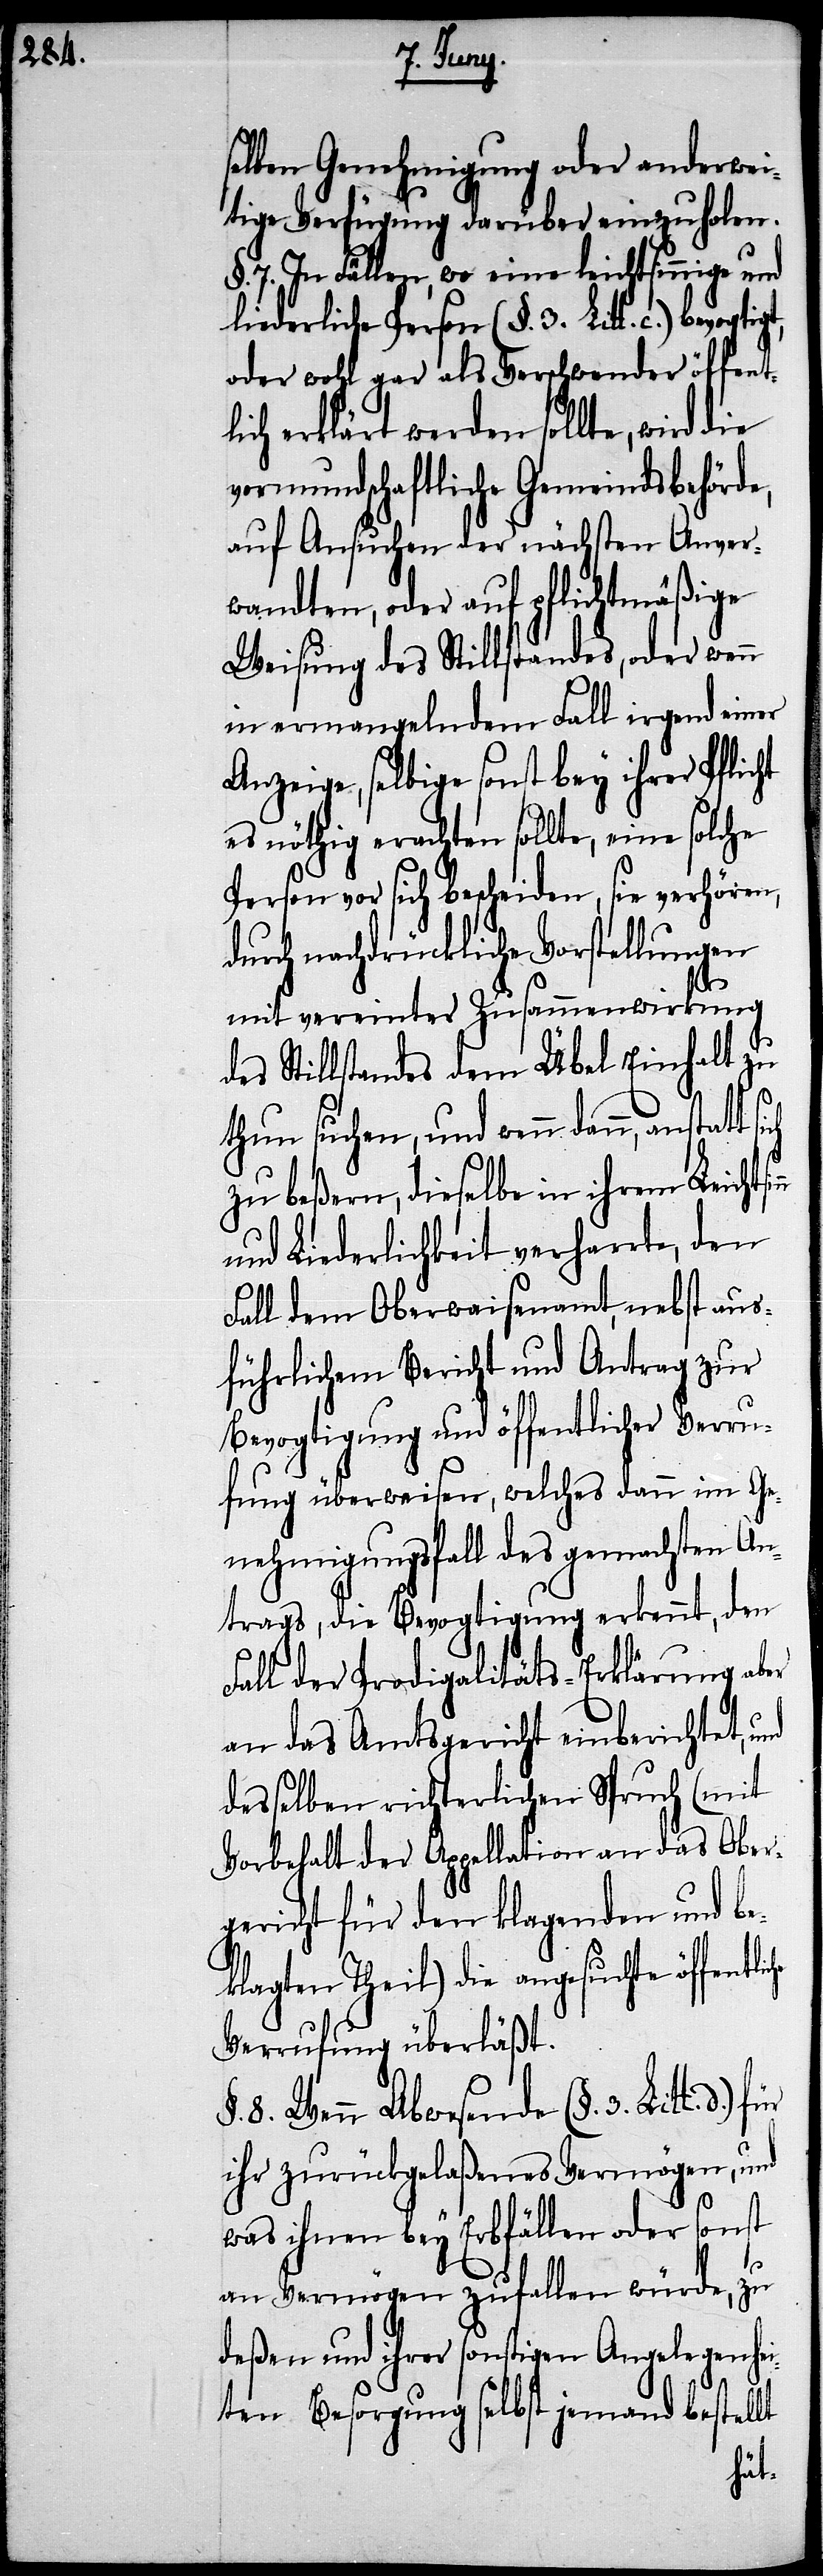
selben Genehmigung oder anderwei¬
tige Verfügung darüber einzuholen.
7. In Fällen, wo eine leichtsinnige und
liederliche Person (§. 3. Litt. c.) bevogt¬
oder wohl gar als Verschwender öffent¬
lich erklärt werden sollte, wird die
vormundschaftliche Gemeindsbehörde,
auf Ansuchen der nächsten Anver¬
wandten, oder auf pflichtmäßige
Weisung des Stillstandes, oder wenn
in ermangelndem Fall irgend einer
Anzeige, selbige sonst bey ihrer Pflicht
es nöthig erachten sollte, eine solche
Person vor sich bescheiden, sie verhören,
durch nachdrückliche Vorstellungen
mit vereinter Zusammenwirkung
es Stillstandes dem Übel Einhalt zu
iche
thun suchen, und wenn dann, anstatt
zu beßern, dieselbe in ihrem Leichts¬
und Liederlichkeit verharrte, den
Fall dem Oberwaisenamt, nebst aus¬
führlichem Bericht und Antrag zur
Bevogtigung und öffentlicher Verru¬
fung überwiesen, welches dann im Ge¬
nehmigungsfall des gemachten An¬
trags, die Bevogtigung erkennt, den
Fall der Prodigalitäts-Erklärung aber
an das Amtsgericht einberichtet,
desselben richterlichen Spruch (mit
Vorbehalt der Appellation an das Ober¬
gericht für den klagenden und be¬
klagten Theil) die angesuchte öffentl¬
Verrufung überläßt.
8. Wenn Abwesende (§. 3. Litt. d.)
ihr zurückgelaßenes Vermögen, und
d¬
was ihnen bey Erbfällen oder sonst
an Vermögen zufallen würde, zu
deßen und ihrer sonstigen Angelegenhei¬
ten Besorgung selbst jemand bestellt